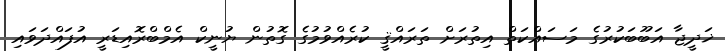
ޚަދީޖާ އަބޫބަކުރުގެ މަސައްކަތް އިތުރަށް ތަރައްޤީ ކުރެއްވުމުގެ ގޮތުން ޔުނީކް އެމްބްރޮއިޑަރީ އުފައްދަވައި